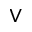
\vee